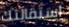
استقالتك